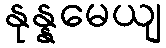
နုန္နမေယျ